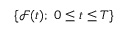
\{ { \mathcal { F } } ( t ) ; \; 0 \leq t \leq T \}